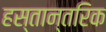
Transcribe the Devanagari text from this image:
हस्तान्तरिक